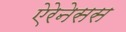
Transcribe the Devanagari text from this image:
ऐरेनेसस